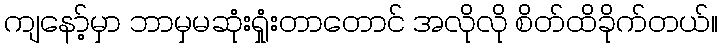
ကျနော့်မှာ ဘာမှမဆုံးရှုံးတာတောင် အလိုလို စိတ်ထိခိုက်တယ်။